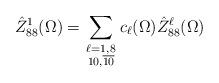
LaTeX: \begin{align*}\hat {Z} _{88} ^1 ( \Omega ) =\sum_{\scriptstyle \ell =1,8 \atop \scriptstyle10 , \overline {10}}c_{\ell } (\Omega ) \hat {Z} _{88}^{\ell } (\Omega )\end{align*}